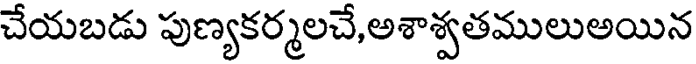
చేయబడు పుణ్యకర్మలచే,అశాశ్వతములుఅయిన